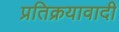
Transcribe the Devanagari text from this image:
प्रतिक्रयावादी